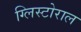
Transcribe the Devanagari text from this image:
ग्लिस्टोराल